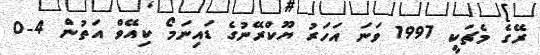
ރޭގެ މެޗަކީ 1997 ވަނަ އަހަރު ޔޫކްރޭނުގެ ޑައިނަމޯ ކިއޭވް އަތުން 4-0